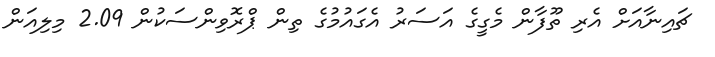
ޗައިނާއަށް އެރި ތޫފާން މެގީގެ އަސަރު އެގައުމުގެ ތިން ޕްރޮވިންސަކުން 2.09 މިލިއަން